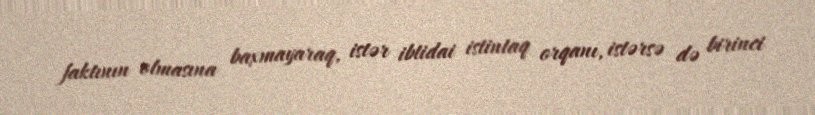
faktının olmasına baxmayaraq, istər ibtidai istintaq orqanı, istərsə də birinci